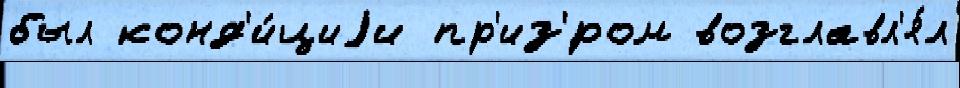
был конд'и́циjи пр'из'́ром возглавл'я́л